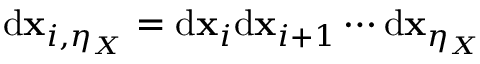
\mathrm { d } \mathbf { x } _ { i , \eta _ { X } } = \mathrm { d } \mathbf { x } _ { i } \mathrm { d } \mathbf { x } _ { i + 1 } \cdots \mathrm { d } \mathbf { x } _ { \eta _ { X } }